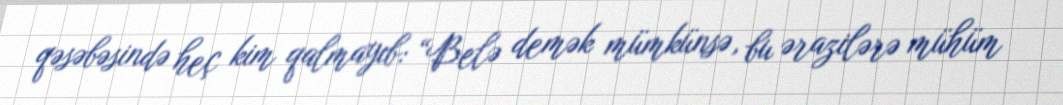
qəsəbəsində heç kim qalmayıb: “Belə demək mümkünsə, bu ərazilərə mühüm